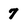
Character: 7